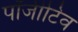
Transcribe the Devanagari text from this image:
पॉजीटिव